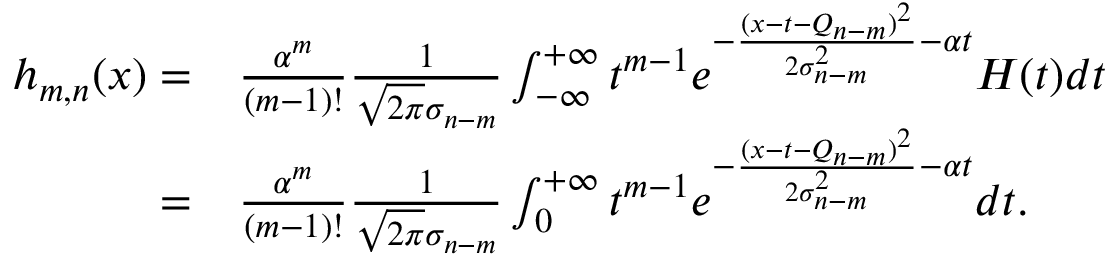
\begin{array} { r l } { h _ { m , n } ( x ) = } & { \frac { \alpha ^ { m } } { ( m - 1 ) ! } \frac { 1 } { \sqrt { 2 \pi } \sigma _ { n - m } } \int _ { - \infty } ^ { + \infty } t ^ { m - 1 } e ^ { - \frac { ( x - t - Q _ { n - m } ) ^ { 2 } } { 2 \sigma _ { n - m } ^ { 2 } } - \alpha t } H ( t ) d t } \\ { = } & { \frac { \alpha ^ { m } } { ( m - 1 ) ! } \frac { 1 } { \sqrt { 2 \pi } \sigma _ { n - m } } \int _ { 0 } ^ { + \infty } t ^ { m - 1 } e ^ { - \frac { ( x - t - Q _ { n - m } ) ^ { 2 } } { 2 \sigma _ { n - m } ^ { 2 } } - \alpha t } d t . } \end{array}